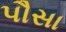
પૌસા